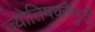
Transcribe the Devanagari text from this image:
ज्योतिषकौमुदी